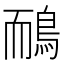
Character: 鴯